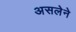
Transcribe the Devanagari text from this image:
असलेने